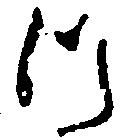
つ